画像に写った文字を読んでください
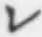
「レ」と書いてあります